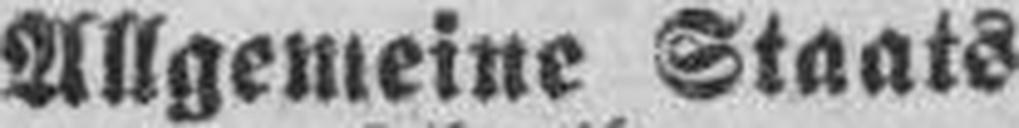
Allgemeine Staats¬